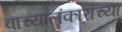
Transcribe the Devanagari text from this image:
वाच्यालंकारांच्या